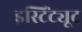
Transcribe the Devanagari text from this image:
इस्टिंट्यूट